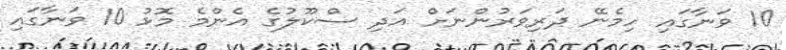
10 ވަނާގައި ހިމެނޭ ދަރިވަރުންނަށް އަދި ސްކޫލުގެ އެންމެ މޮޅު 10 ވަނާގައި